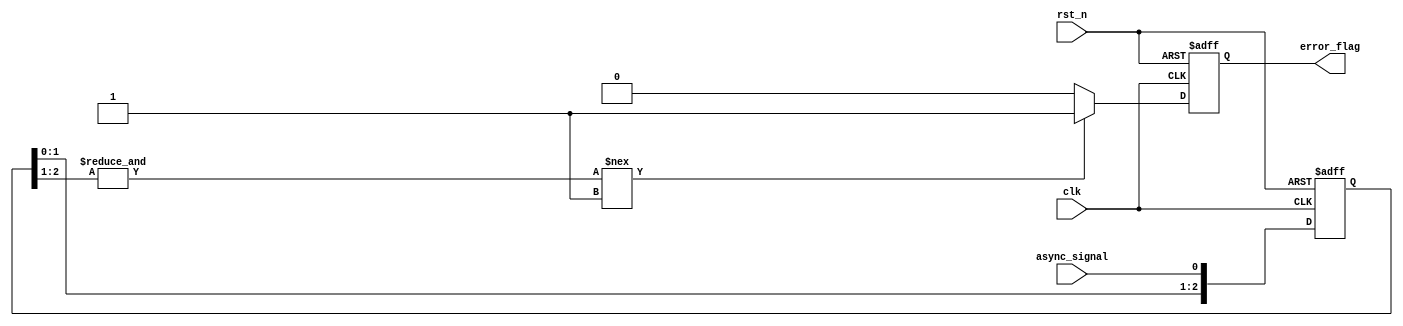
module metastability_detector (
    input wire clk,                // Sampling clock
    input wire rst_n,              // Active low reset
    input wire async_signal,       // Input asynchronous signal
    output reg error_flag          // Error flag indicating metastability
);

    parameter NUM_STAGES = 3;     // Number of D flip-flops in the cascade
    reg [NUM_STAGES-1:0] stage;    // Shift register to hold the sampled values
    reg [NUM_STAGES-1:0] stable;    // Register to track stable outputs

    // Reset and shift operation on clock edge
    always @(posedge clk or negedge rst_n) begin
        if (!rst_n) begin
            stage <= 0;
            stable <= 0;
            error_flag <= 0;
        end else begin
            stage <= {stage[NUM_STAGES-2:0], async_signal}; // Shift in the new sample

            // Check for metastability by comparing the outputs
            if (&stage[NUM_STAGES-1:NUM_STAGES-2] !== 1'b1) begin
                // If the last two stages are not the same, it indicates a potential metastability
                error_flag <= 1'b1; // Set error flag if metastability detected
            end else begin
                error_flag <= 1'b0; // Clear error flag if stable
            end
        end
    end

    // Monitoring stability for the last stage; can be modified as needed
    always @(posedge clk) begin
        stable <= stage; // Update stable output
    end

endmodule